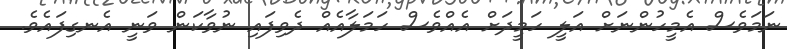
ނަމަވެސް އެމީހުންނަށް އަލީ ހަމީދަށް އެއްވެސް ހަމަލާއެއް ދެވިފައި ނުވާކަން ވަނީ އެނގިފައެވެ.